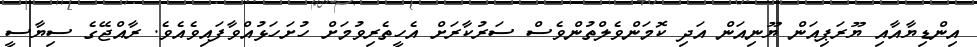
އިންޑިޔާއާއި ޔޫރަޕިއަން ޔޫނިއަން އަދި ކޮމަންވެލްތުންވެސް ސަރުކާރަށް އެހީތެރިވުމަށް ހުށަހަޅުއްވާފައިވެއެވެ. ރާއްޖޭގެ ސިޔާސީ